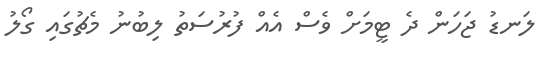
ލަނޑު ޖަހަން ދެ ޓީމަށް ވެސް އެއް ފުރުސަތު ލިބުނު މެޗުގައި ގޯލު